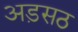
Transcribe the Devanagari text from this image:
अड़सठ